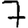
Digit: 7